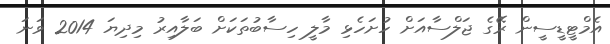
އެމްޓީޑީސީން ރޭގެ ޖަލްސާއަށް ހުށަހެޅި މާލީ ހިސާބުތަކަށް ބަލާއިރު މިދިޔަ 2014 ވަނަ